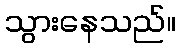
သွားနေသည်။